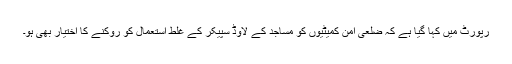
رپورٹ میں کہا گیا ہے کہ ضلعی امن کمیٹیوں کو مساجد کے لاوڈ سپیکر کے غلط استعمال کو روکنے کا اختیار بھی ہو۔